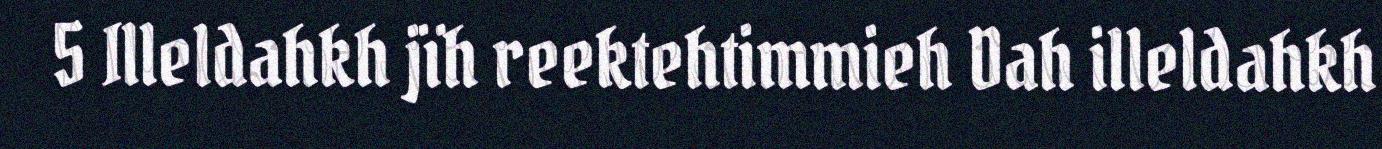
5 Illeldahkh jïh reektehtimmieh Dah illeldahkh